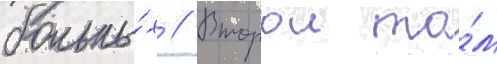
больны́х // Второи то́м